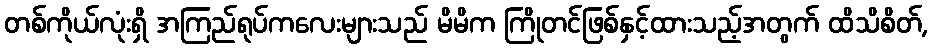
တစ်ကိုယ်လုံးရှိ အကြည်ရုပ်ကလေးများသည် မိမိက ကြိုတင်ဖြစ်နှင့်ထားသည့်အတွက် ထိသိစိတ်,